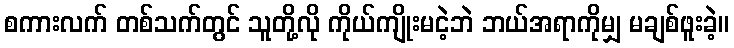
စကားလက် တစ်သက်တွင် သူတို့လို ကိုယ်ကျိုးမငဲ့ဘဲ ဘယ်အရာကိုမျှ မချစ်ဖူးခဲ့။